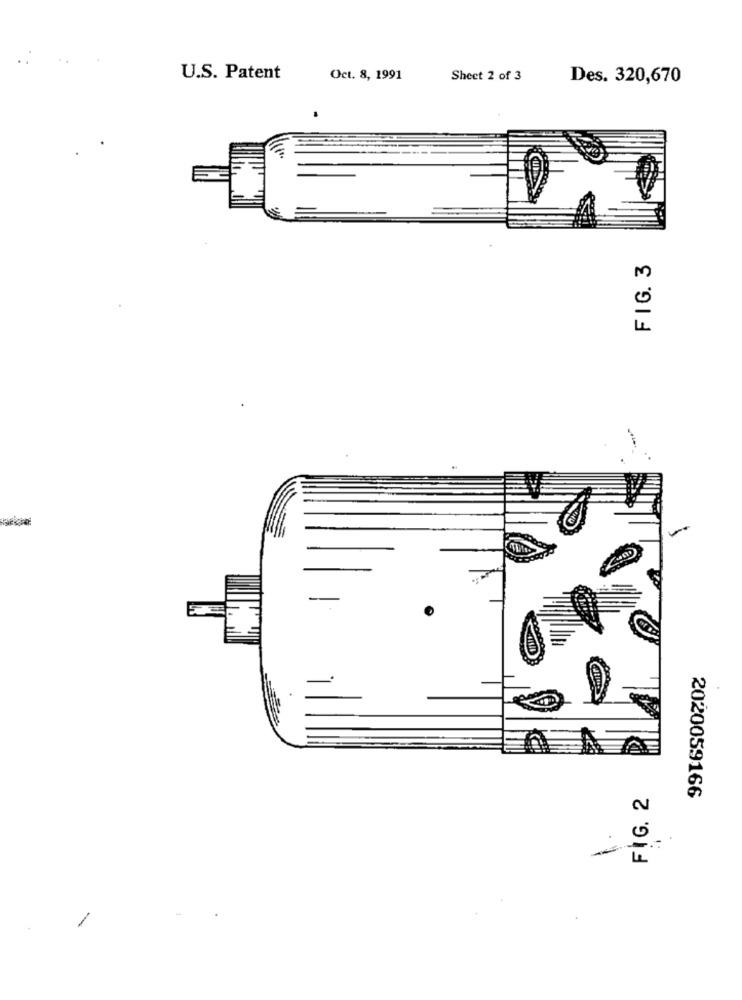
U.S. Patent
Oct. 8, 1991
Sheet 2 of 3
Des. 320,670
FIG. 3
-
LL
FIG. 2
2020059166